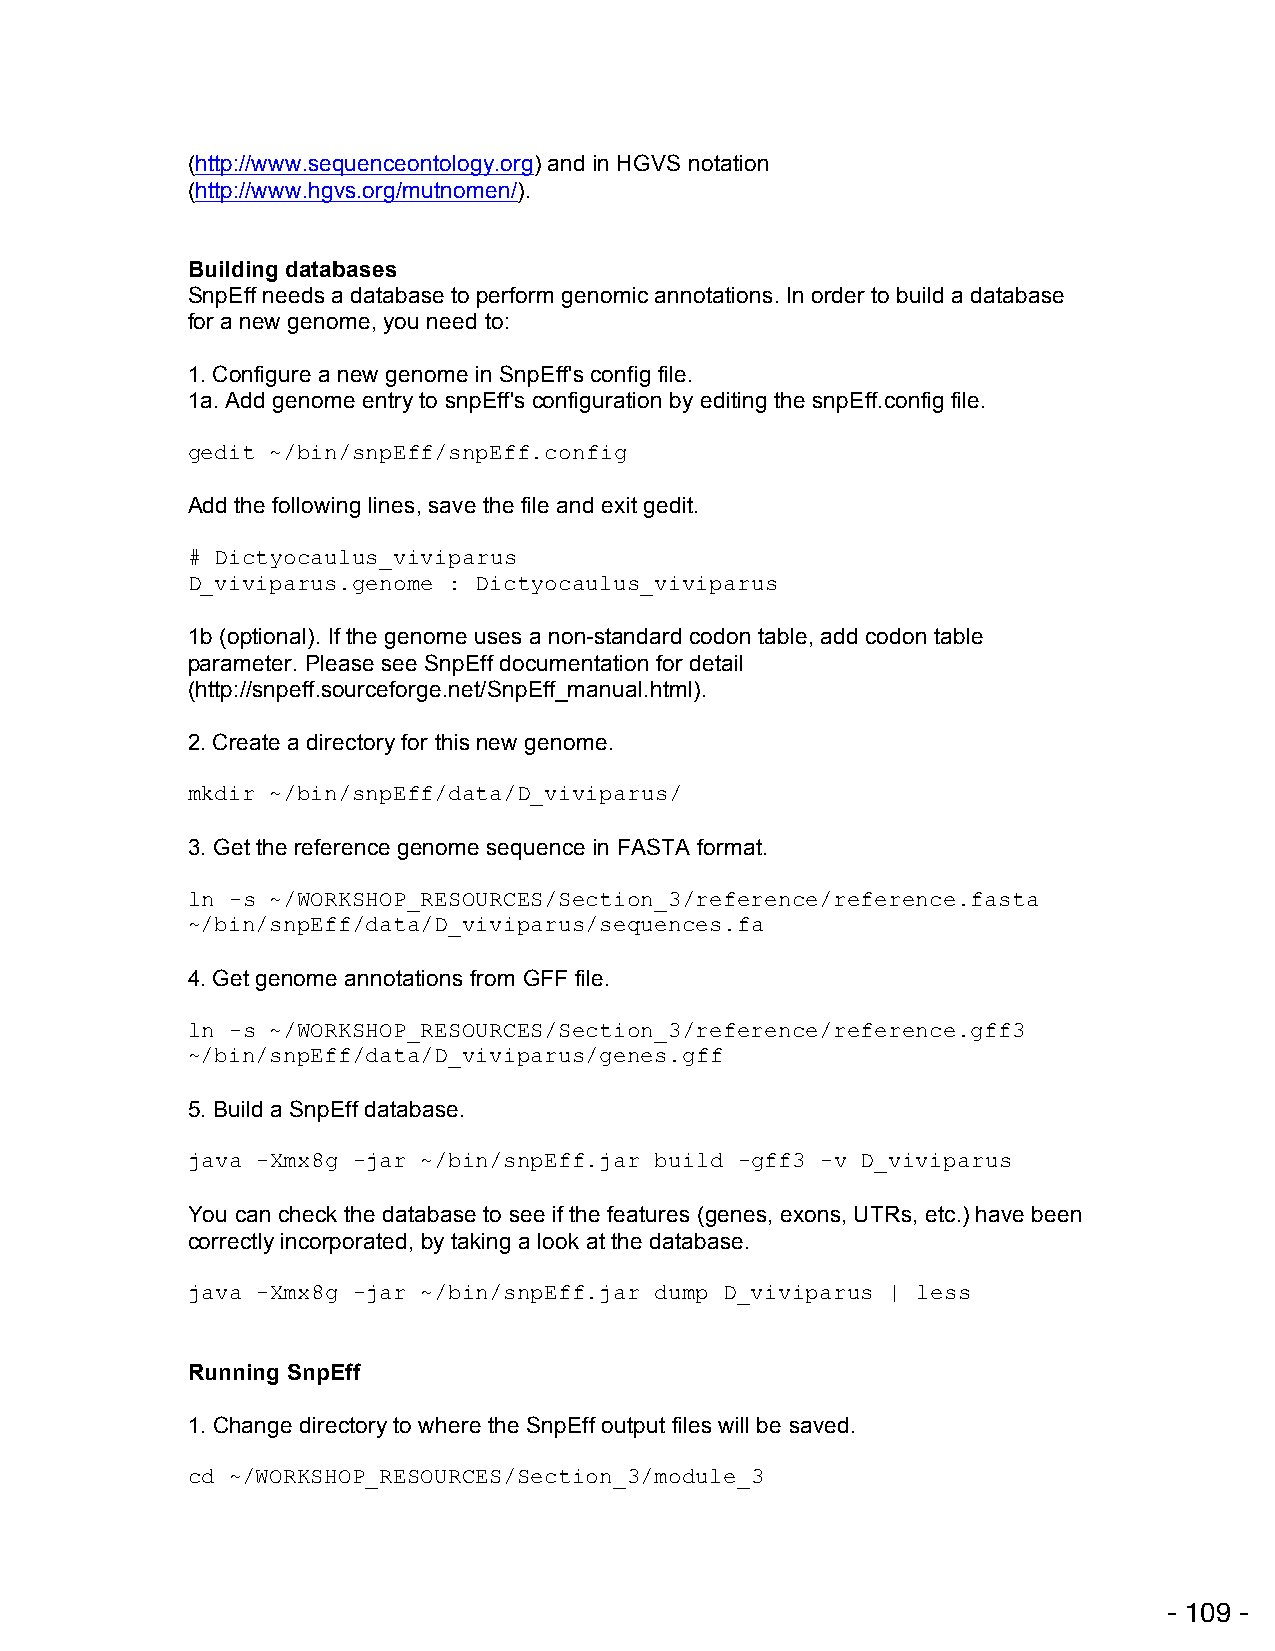
(http://www.sequenceontology.org) and in HGVS notation
 (http://www.hgvs.org/mutnomen/).
 Building databases
 SnpEff needs a database to perform genomic annotations. In order to build a database
 for a new genome, you need to:
 1. Configure a new genome in SnpEff's config file.
 1a. Add genome entry to snpEff's configuration by editing the snpEff.config file.
 gedit ~/bin/snpEff/snpEff.config
 Add the following lines, save the file and exit gedit.
 # Dictyocaulus_viviparus
 D_viviparus.genome : Dictyocaulus_viviparus
 1b (optional). If the genome uses a non-standard codon table, add codon table
 parameter. Please see SnpEff documentation for detail
 (http://snpeff.sourceforge.net/SnpEff_manual.html).
 2. Create a directory for this new genome.
 mkdir ~/bin/snpEff/data/D_viviparus/
 3. Get the reference genome sequence in FASTA format.
 ln -s ~/WORKSHOP_RESOURCES/Section_3/reference/reference.fasta
 ~/bin/snpEff/data/D_viviparus/sequences.fa
 4. Get genome annotations from GFF file.
 ln -s ~/WORKSHOP_RESOURCES/Section_3/reference/reference.gff3
 ~/bin/snpEff/data/D_viviparus/genes.gff
 5. Build a SnpEff database.
 java -Xmx8g -jar ~/bin/snpEff.jar build -gff3 -v D_viviparus
 You can check the database to see if the features (genes, exons, UTRs, etc.) have been
 correctly incorporated, by taking a look at the database.
 java -Xmx8g -jar ~/bin/snpEff.jar dump D_viviparus | less
 Running SnpEff
 1. Change directory to where the SnpEff output files will be saved.
 cd ~/WORKSHOP_RESOURCES/Section_3/module_3